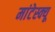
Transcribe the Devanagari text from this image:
मांटेस्क्यू